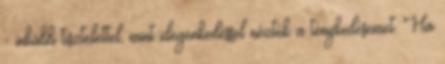
- inkább tisztelettel, mint idegenkedéssel nézték a ténykedésemet. Ha